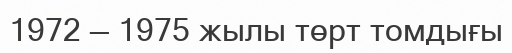
1972 — 1975 жылы төрт томдығы